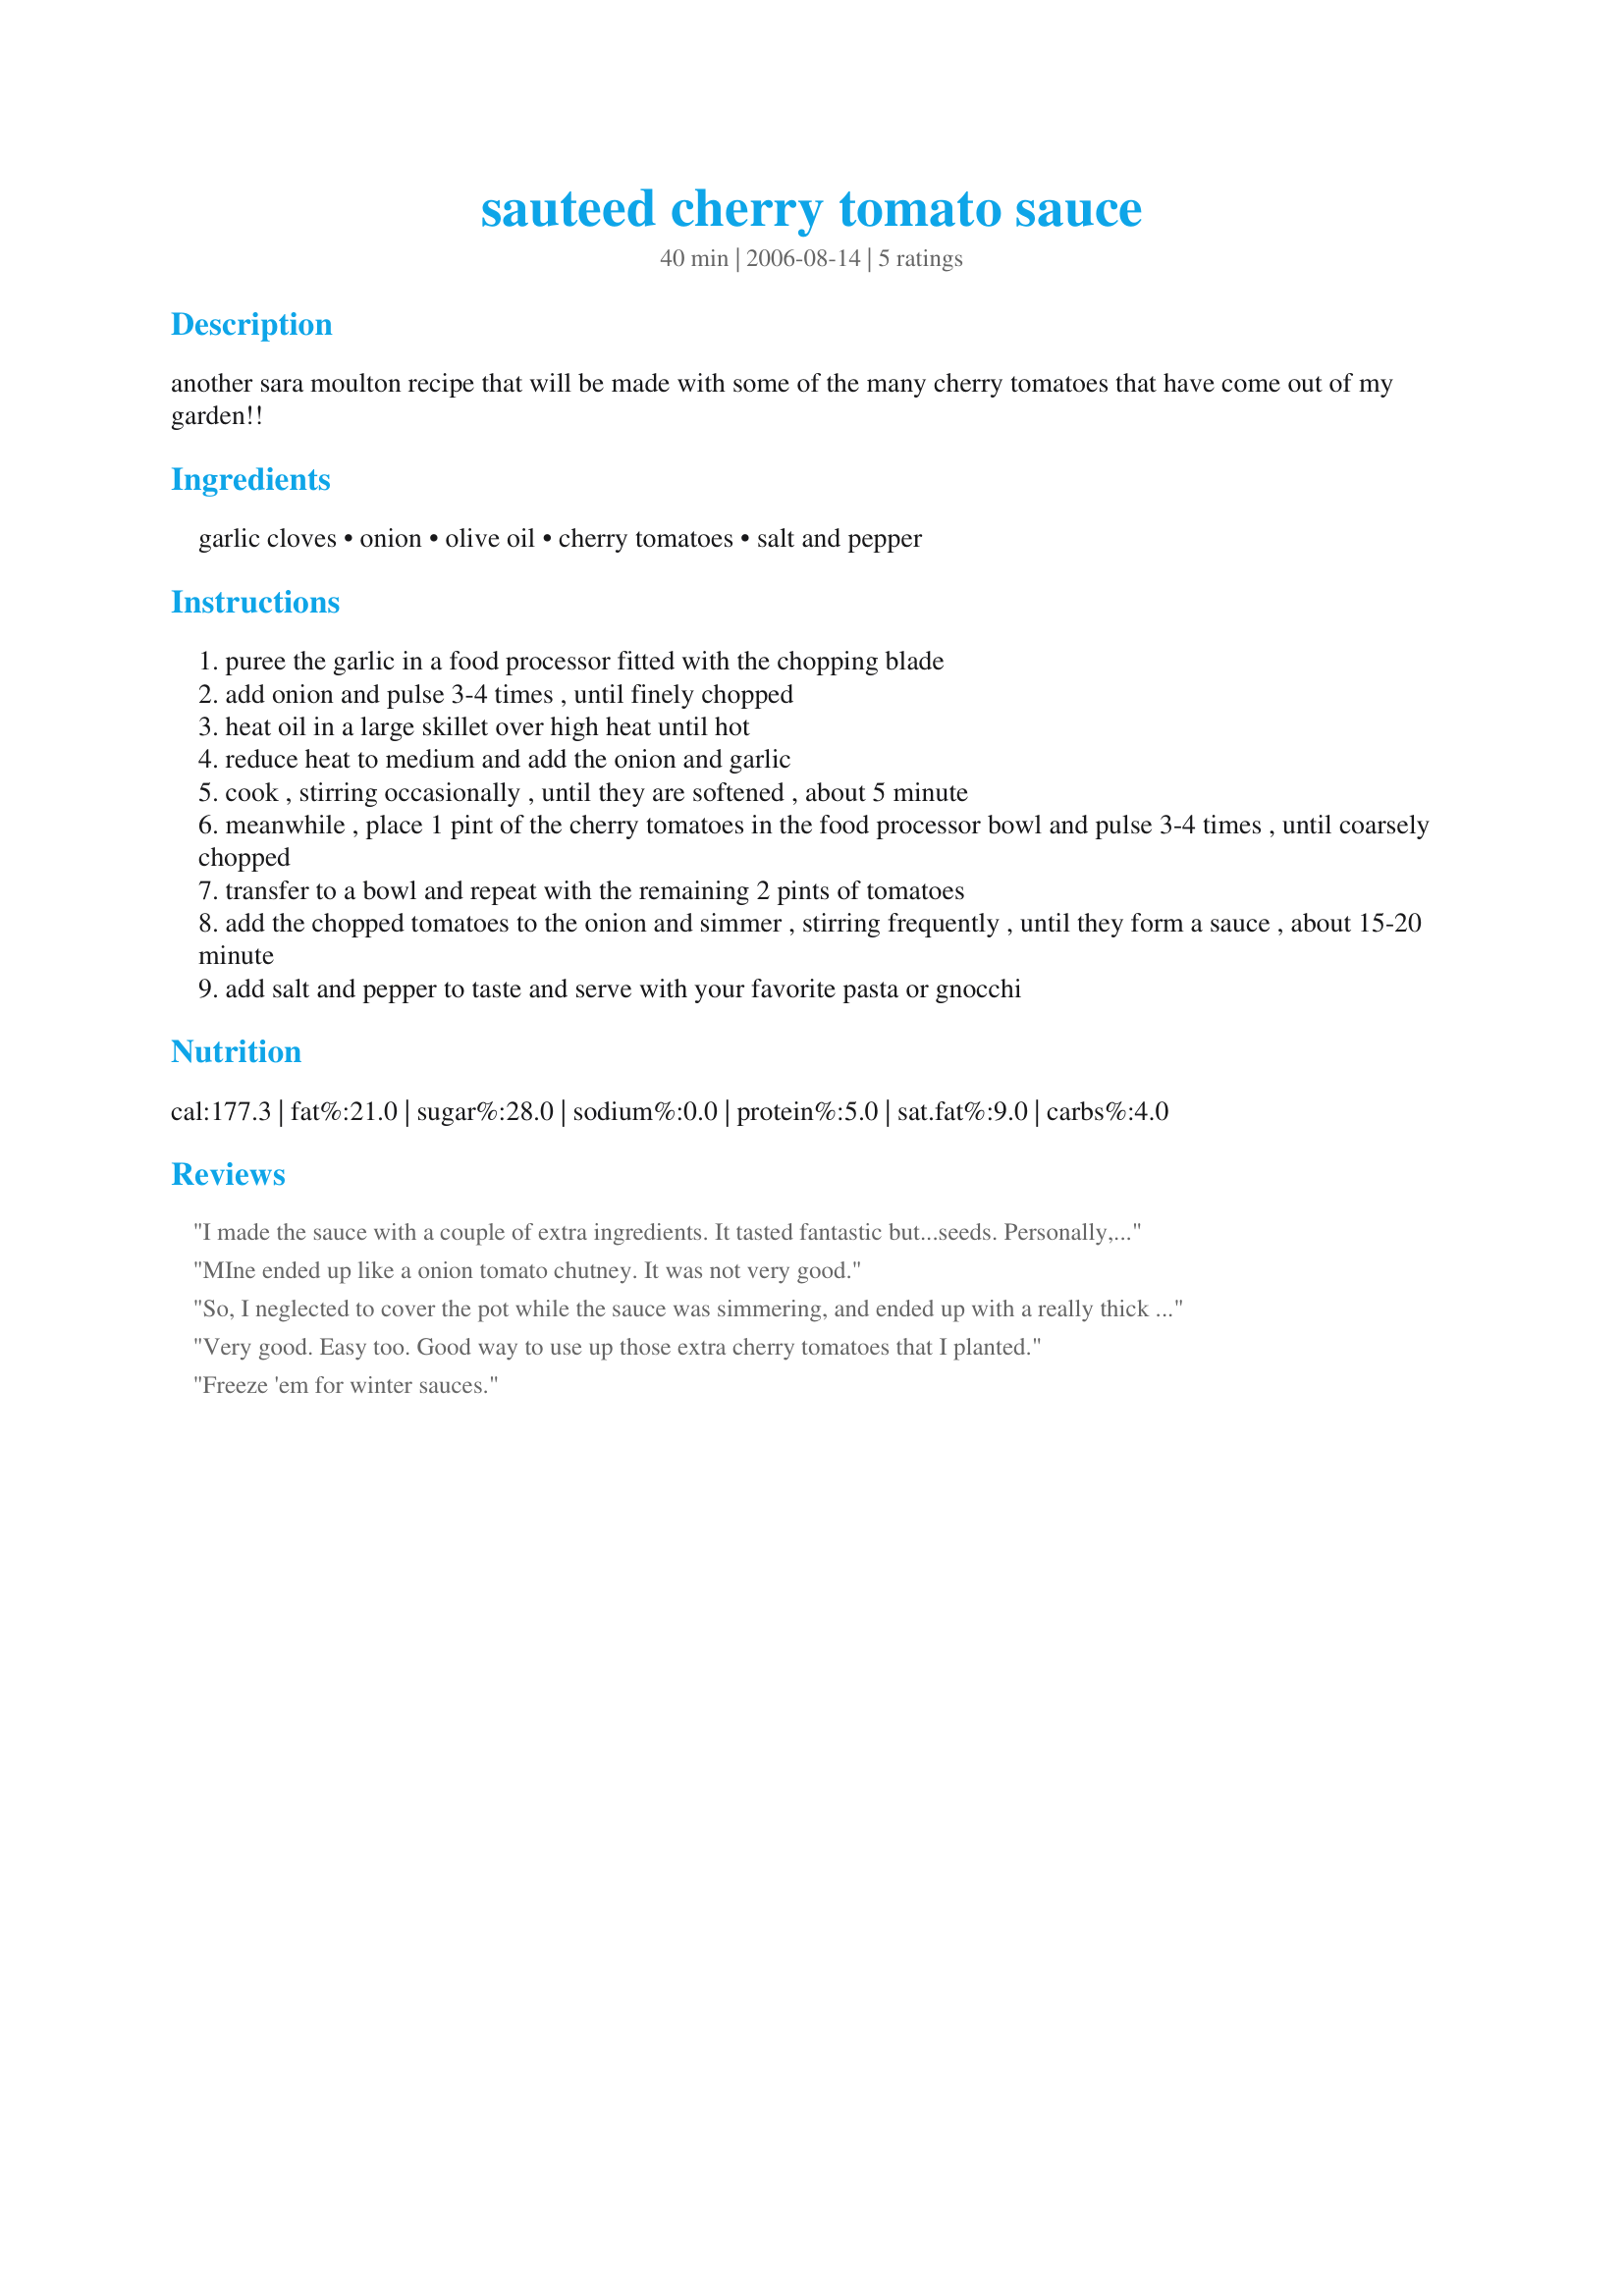
sauteed cherry tomato sauce
Preparation time: 40 minutes

another sara moulton recipe that will be made with some of the many cherry tomatoes that have come out of my garden!!

Ingredients:
garlic cloves, onion, olive oil, cherry tomatoes, salt and pepper

Steps:
puree the garlic in a food processor fitted with the chopping blade
add onion and pulse 3-4 times , until finely chopped
heat oil in a large skillet over high heat until hot
reduce heat to medium and add the onion and garlic
cook , stirring occasionally , until they are softened , about 5 minute
meanwhile , place 1 pint of the cherry tomatoes in the food processor bowl and pulse 3-4 times , until coarsely chopped
transfer to a bowl and repeat with the remaining 2 pints of tomatoes
add the chopped tomatoes to the onion and simmer , stirring frequently , until they form a sauce , about 15-20 minute
add salt and pepper to taste and serve with your favorite pasta or gnocchi

Reviews:
I made the sauce with a couple of extra ingredients. It tasted fantastic but...seeds. Personally, it didn't matter to my family. I may try straining the seed somehow, only for presentation and finicky eaters.
MIne ended up like a onion tomato chutney. It was not very good.
So, I neglected to cover the pot while the sauce was simmering, and ended up with a really thick almost-tomato-paste... oops! But it was still pretty tasty. Using cherry tomatoes gives the sauce a nice sweetness without using sugar. And if you happen to forget the lid, I stirred in a cup of tomato juice and all was saucy again. :) Thanks!
Very good. Easy too. Good way to use up those extra cherry tomatoes that I planted.
Freeze 'em for winter sauces.
